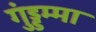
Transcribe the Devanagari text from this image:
गुंड्डम्मा